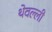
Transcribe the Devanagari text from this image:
थेवल्ली